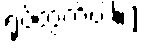
ရုပ်တွက်ပါ။]